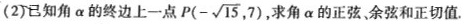
(2)已知角α的终边上一点P $$P(- \sqrt{15},7)$$ 求角α的正弦，余弦和正切值。